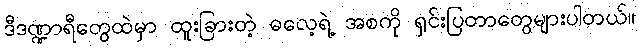
ဒီဒဏ္ဍာရီတွေထဲမှာ ထူးခြားတဲ့ ဓလေ့ရဲ့ အစကို ရှင်းပြတာတွေများပါတယ်။